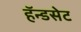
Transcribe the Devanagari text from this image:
हॅन्डसेट